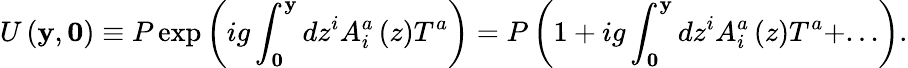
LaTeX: U\left({{\mathbf y},{\mathbf 0}}\right)\equiv P\exp\left({ig\int_{\mathbf 0}^{\mathbf y}{dz^{i}}A_{i}^{a}\left(z\right)T^{a}}\right)=P\left({1+ig\int_{\mathbf 0}^{\mathbf y}{dz^{i}}A_{i}^{a}\left(z\right)T^{a}+...}\right).